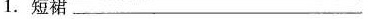
1.短裙___